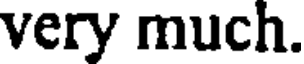
very much.